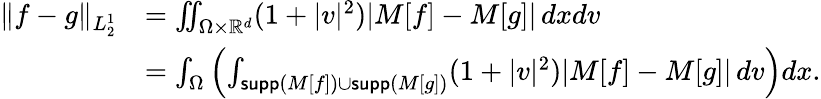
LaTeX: \begin{array}{rl}{\| f-g\| _{L_{2}^{1}}}&{=\iint_{\Omega\times\mathbb R^{d}}(1+|v|^{2})|M[f]-M[g]|\, dxdv}\\ &{=\int_{\Omega}\left(\int_{\mathsf{supp}(M[f])\cup\mathsf{supp}(M[g])}(1+|v|^{2})|M[f]-M[g]|\, dv\right)dx.}\end{array}